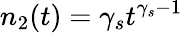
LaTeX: n_{2}(t)=\gamma_{s}t{}^{\gamma_{s}-1}